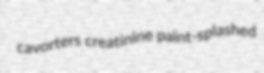
cavorters creatinine paint-splashed